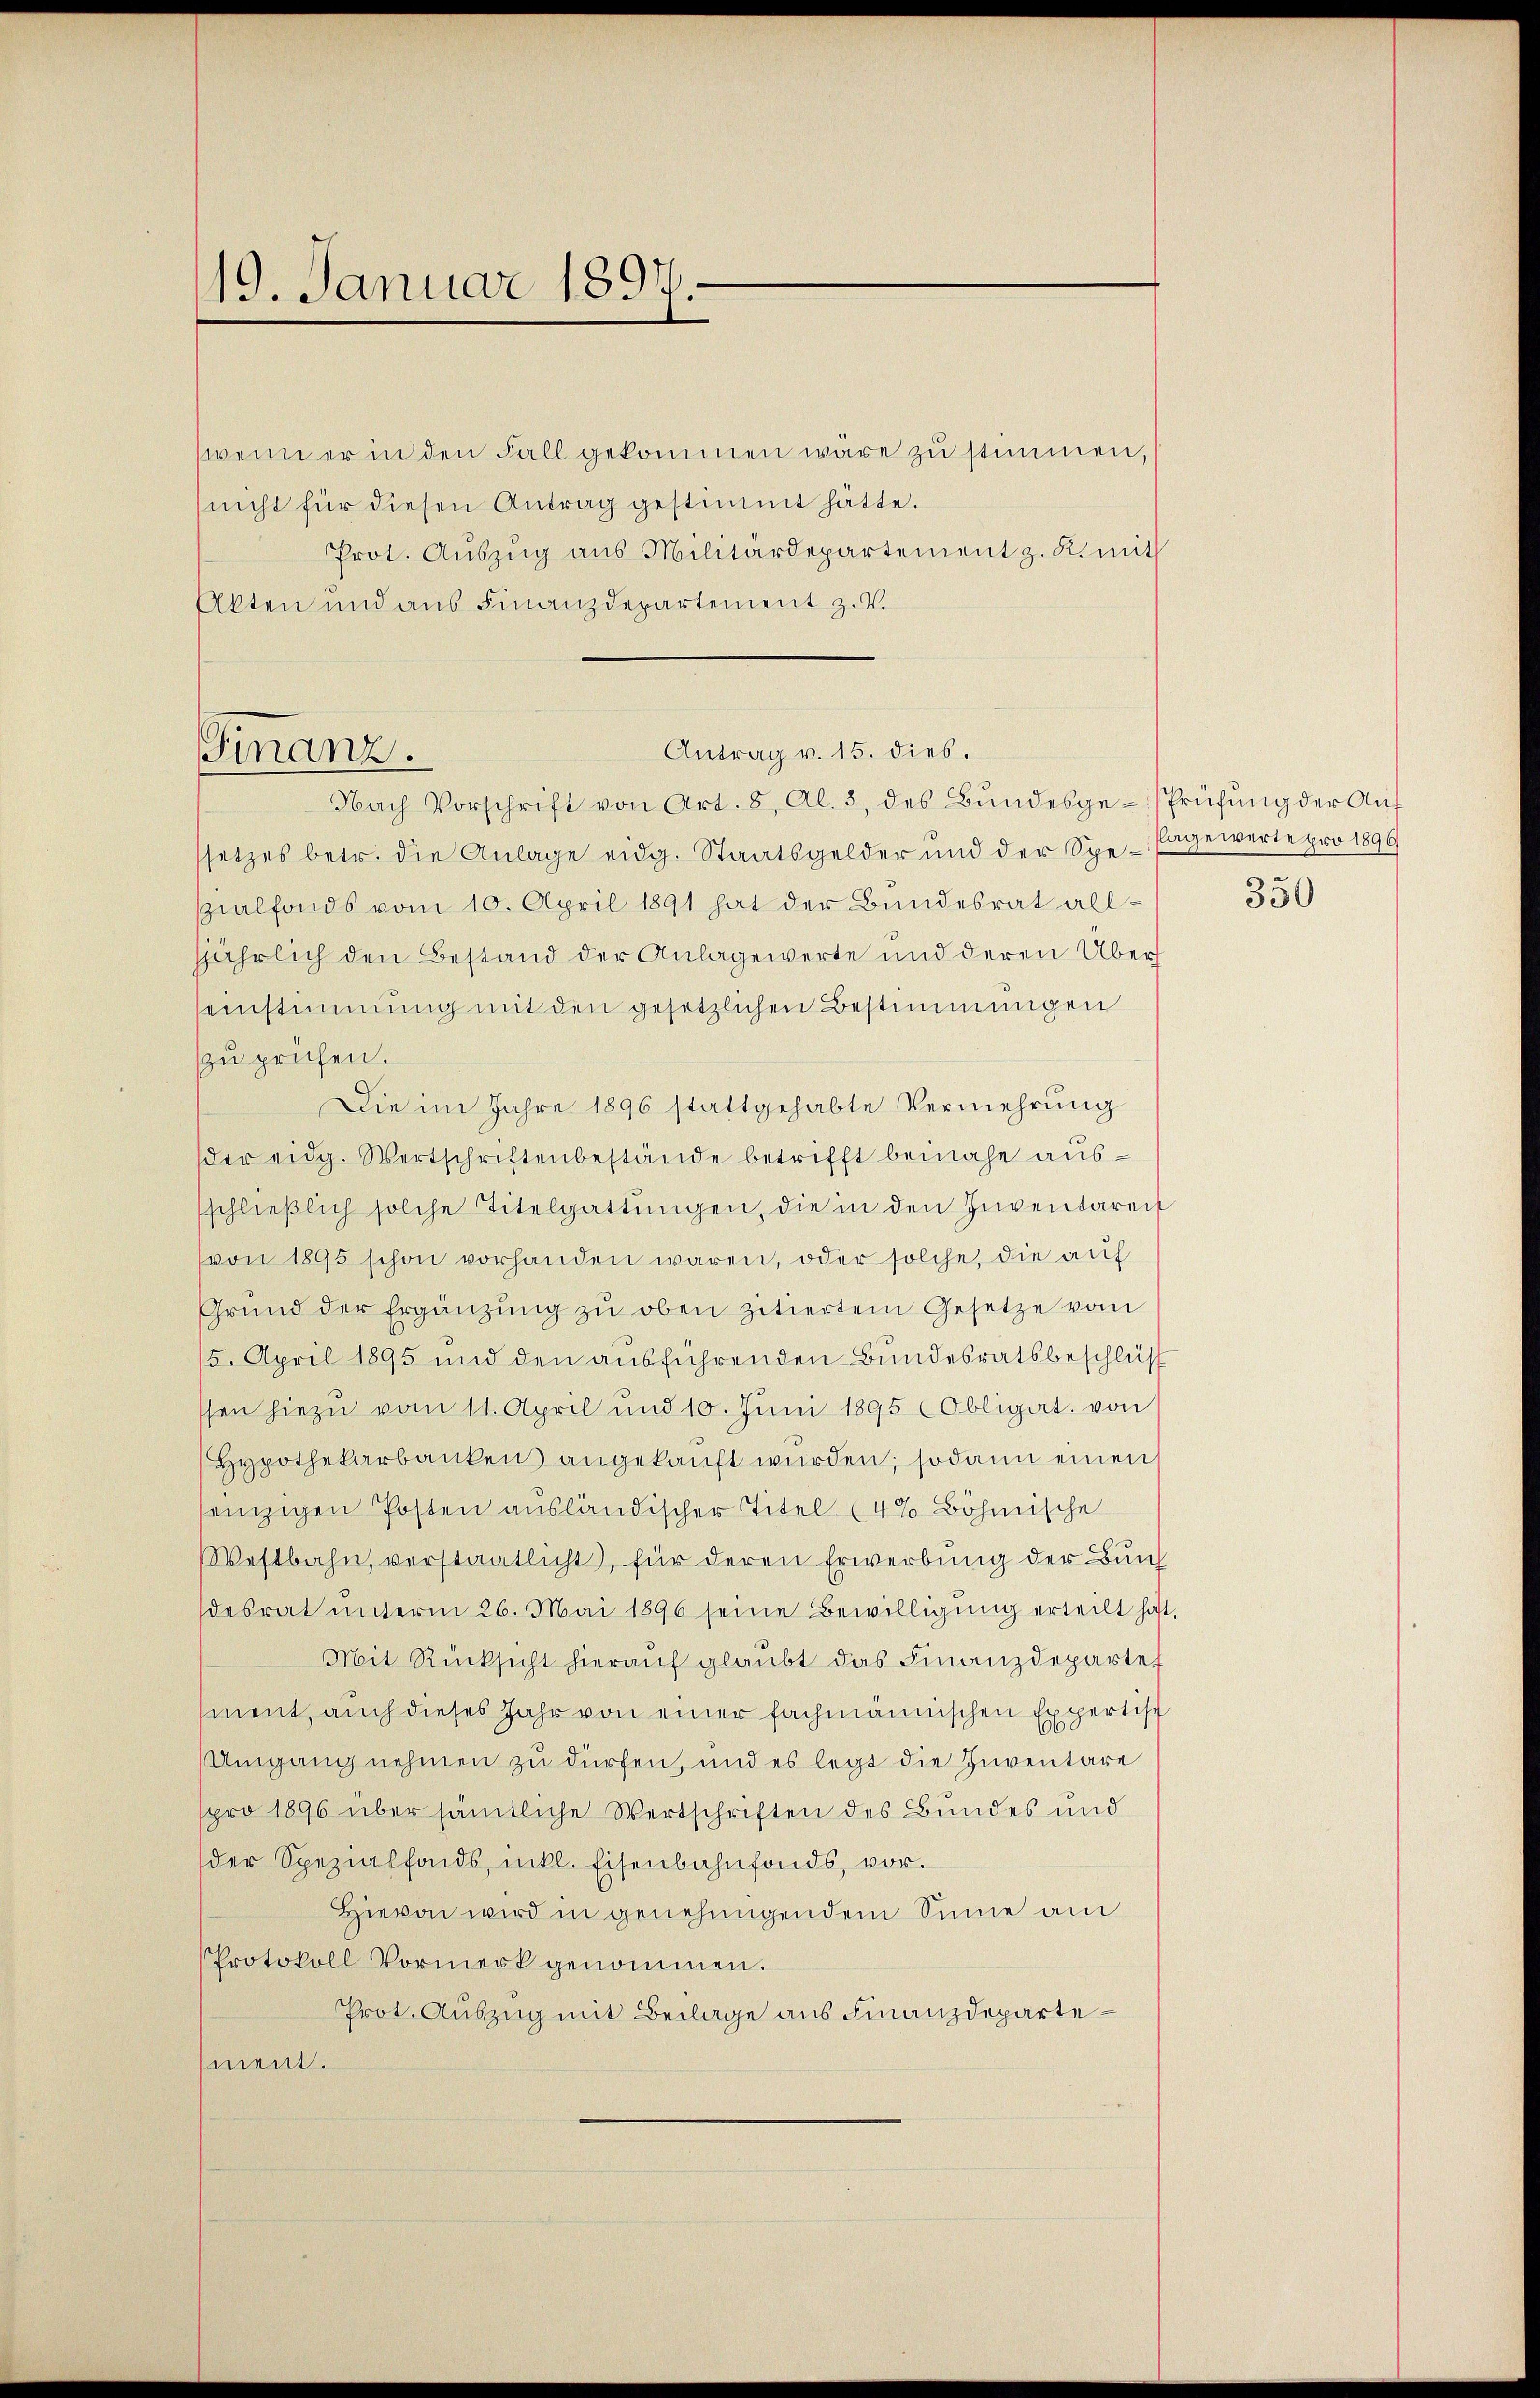
wenn er in den Fall gekommen wäre zu stimmen,
nicht für diesen Antrag gestimmt hätte.
Prot. Auszug aus Militärdepartement z. K. mit
Akten und aus Finanzdepartement z. V.

19. Januar 1897.

Antrag v. 15. dies.
Finanz.
Nach Vorschrift von Art. 8, Al. 3, des Bŭndesge-Prüfung der Auf

setzes betr. die Anlage eidg. Staatsgelder und der Spe-Pagewerte pro 1896
szialfonds vom 10. April 1891 hat der Bundesrat allsjährlich den Bestand der Anlagewerte und deren Überseinstimmung mit den gesetzlichen Bestimmungen
zu prüfen.
Die im Jahre 1896 stattgehabte Vermehrŭng
der eidg. Wertschriftenbestände betrifft beinahe aussschlieβlich solche Titelgattŭngen, die in den Inventaren
(von 1895 schon vorhanden waren, oder solche, die auf
Grŭnd der Ergänzŭng zŭ oben zitiertem Gesetze vom
5. April 1895 und den ausführenden Bundesratsbeschluß
ssen hiezu vom 11. April und 10. Juni 1895 (Obligat. von
Hypothekarbanken angekauft wurden; sodann einen
senzigen Posten ausländischer Titel (4% Böhmische
Westbahn, verstaatlicht), für deren Erwerbŭng der Bŭn
desrat ŭnterm 26. Mai 1896 seine Bewilligŭng erteilt hat.
Mit Rücksicht hierauf glaubt das Finanzdepartef
ment, auch dieses Jahr von einer fachmännischen Expertisch
Umgang nehmen zu dürfen, und es legt die Inventare
spro 1896 über sämtliche Wertschriften des Bundes und
der Spezialfonds, inkl. Eisenbahnfonds, vor.
Hievon wird in genehmigendem Sinne am
Protokoll Vormerk genommen.
Prot. Auszug mit Beilage aus Finanzdepartement.

350